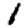
Digit: 1